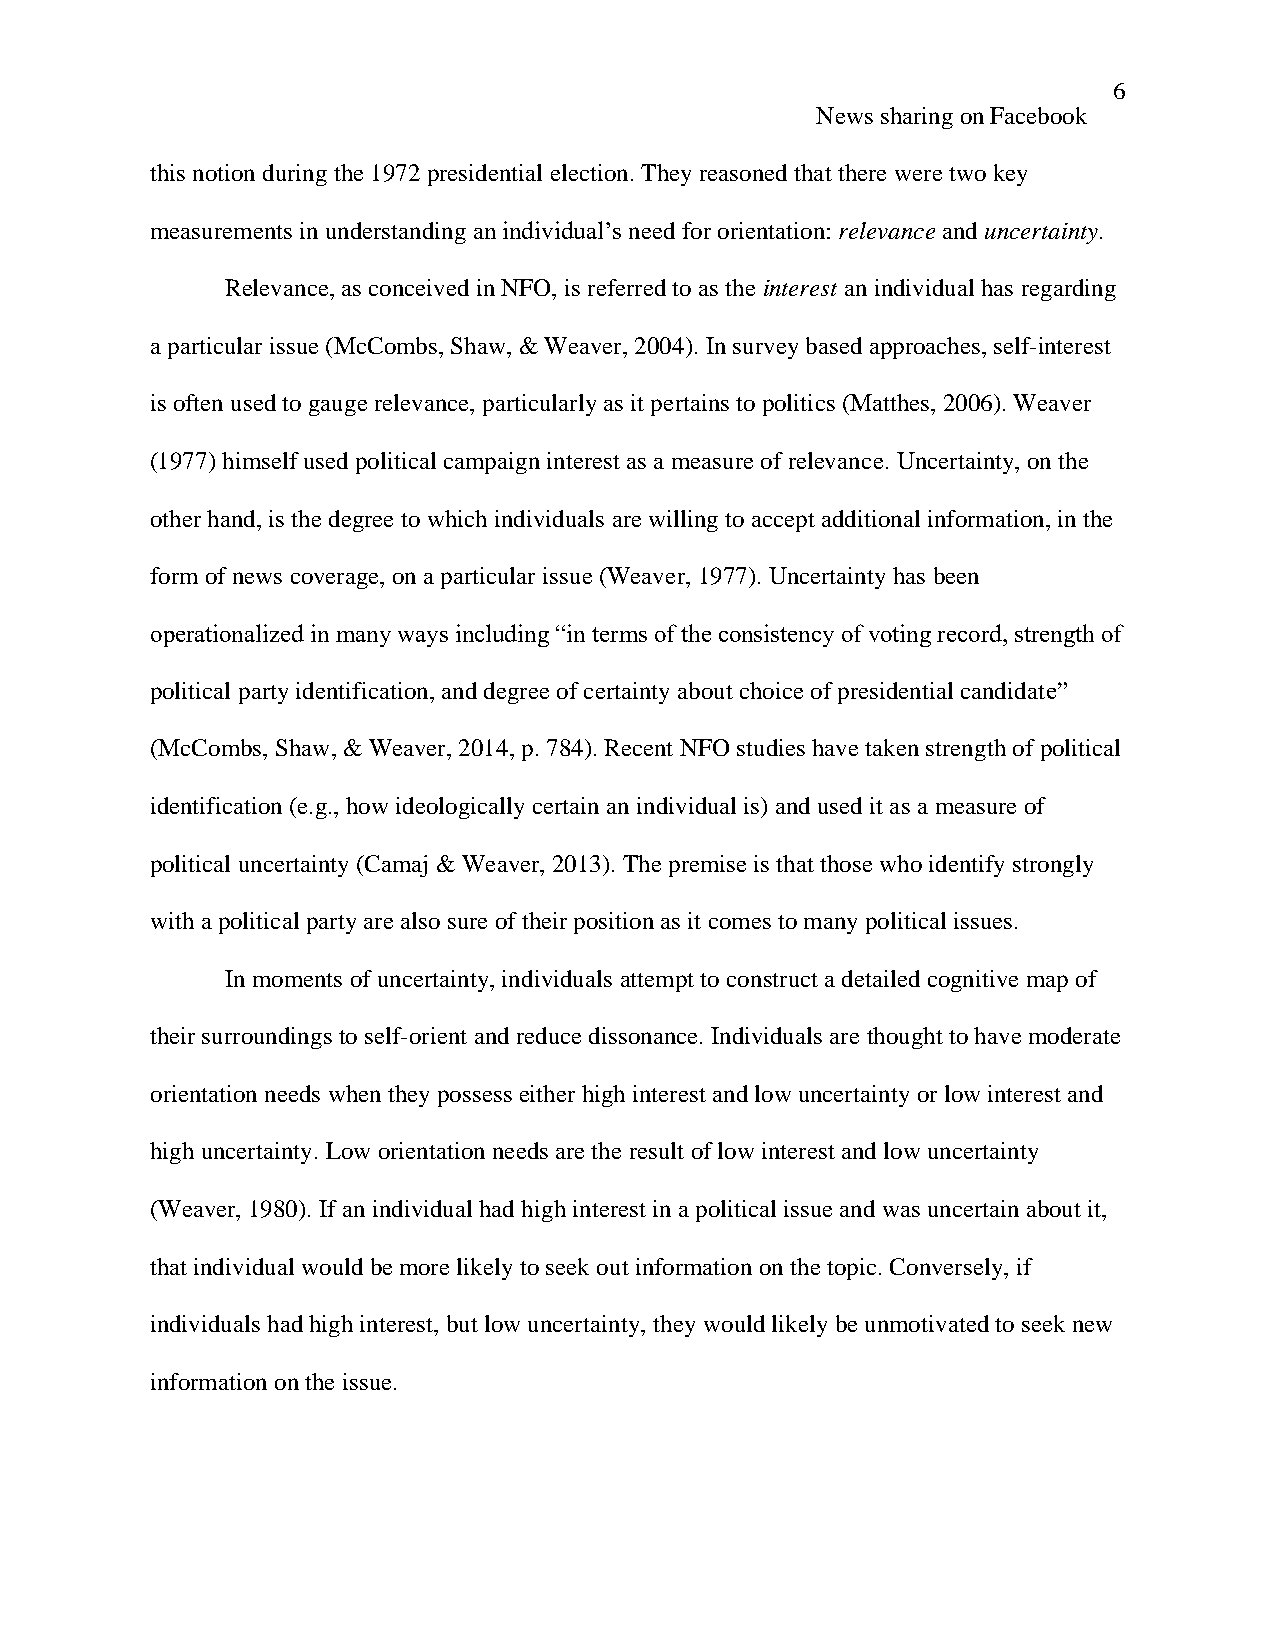
6
 News sharing on Facebook
 this notion during the 1972 presidential election. They reasoned that there were two key
 measurements in understanding an individual’s need for orientation: relevance and uncertainty.
 Relevance, as conceived in NFO, is referred to as the interest an individual has regarding
 a particular issue (McCombs, Shaw, & Weaver, 2004). In survey based approaches, self-interest
 is often used to gauge relevance, particularly as it pertains to politics (Matthes, 2006). Weaver
 (1977) himself used political campaign interest as a measure of relevance. Uncertainty, on the
 other hand, is the degree to which individuals are willing to accept additional information, in the
 form of news coverage, on a particular issue (Weaver, 1977). Uncertainty has been
 operationalized in many ways including “in terms of the consistency of voting record, strength of
 political party identification, and degree of certainty about choice of presidential candidate”
 (McCombs, Shaw, & Weaver, 2014, p. 784). Recent NFO studies have taken strength of political
 identification (e.g., how ideologically certain an individual is) and used it as a measure of
 political uncertainty (Camaj & Weaver, 2013). The premise is that those who identify strongly
 with a political party are also sure of their position as it comes to many political issues.
 In moments of uncertainty, individuals attempt to construct a detailed cognitive map of
 their surroundings to self-orient and reduce dissonance. Individuals are thought to have moderate
 orientation needs when they possess either high interest and low uncertainty or low interest and
 high uncertainty. Low orientation needs are the result of low interest and low uncertainty
 (Weaver, 1980). If an individual had high interest in a political issue and was uncertain about it,
 that individual would be more likely to seek out information on the topic. Conversely, if
 individuals had high interest, but low uncertainty, they would likely be unmotivated to seek new
 information on the issue.